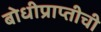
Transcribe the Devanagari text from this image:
बोधीप्राप्तीची